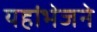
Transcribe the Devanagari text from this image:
यहांभेजने